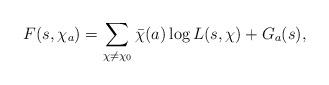
LaTeX: \begin{align*}F(s, \chi_a)=\sum_{\chi\neq \chi_0}\bar{\chi}(a)\log L(s, \chi)+G_a(s),\end{align*}